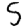
Digit: 5